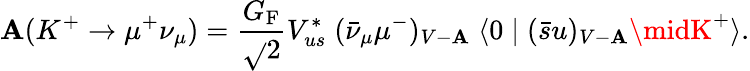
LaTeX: \mathbf{A}(K^{+}\to\mu^{+}\nu_{\mu})={\frac{{G_{\mathrm{{F}}}}}{{\sqrt{}{2}}}}V_{us}^{*}\; (\bar{{\nu}}_{\mu}\mu^{-})_{V-\mathbf{A}}\; \langle0\mid(\bar{{s}}u)_{V-\mathbf{A}}\midK^{+}\rangle.